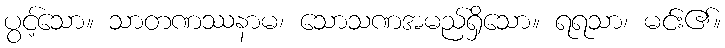
ပွင့်သော။ သာတဏဿနာမ၊ သောသဏအမည်ရှိသော။ ရရသာ၊ မင်း၏။